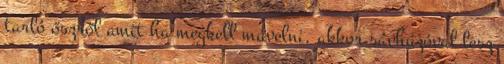
tarló őszről amit ha megkell művelni, akkor sávhúzóval lesz